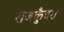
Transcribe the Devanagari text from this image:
राजकुँवरों